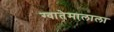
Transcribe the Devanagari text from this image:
ग्वातेमालाला